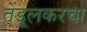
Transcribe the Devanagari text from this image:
तेंडूलकरचा